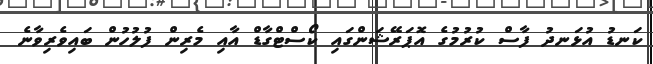
ކަނޑު އުޅަނދު ފާސް ކުރުމުގެ އޮޕަރޭޝަންގައި ކޯސްޓްގާޑް އާއި މެރިން ފުލުހުން ބައިވެރިވާނެ